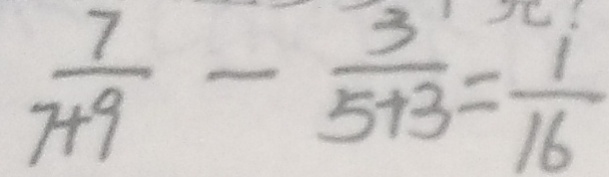
\frac { 7 } { 7 + 9 } - \frac { 3 } { 5 + 3 } = \frac { 1 } { 1 6 }